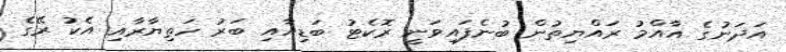
އަދަނުގެ އާއްމު ރައްޔިތުން ބުނެފައިވަނީ ރޮކެޓު ބަޑިއާއި ބަރު ހަތިޔާރާއި އެކު ރޭގެ